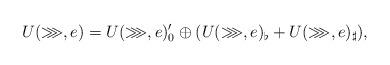
LaTeX: \begin{align*}U(\ggg,e)=U(\ggg,e)_0'\oplus(U(\ggg,e)_\flat+U(\ggg,e)_\sharp),\end{align*}